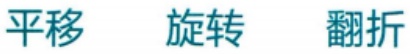
平移 旋转 翻折